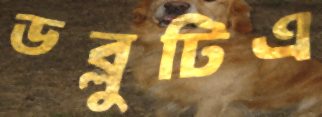
ডব্লুটিএ